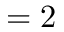
= 2